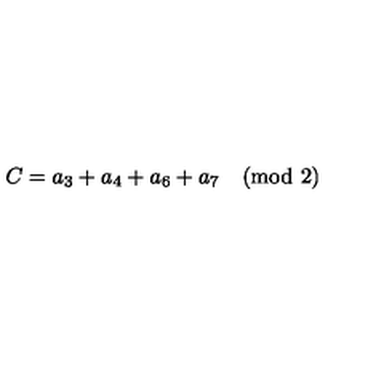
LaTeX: C = a _ { 3 } + a _ { 4 } + a _ { 6 } + a _ { 7 } \quad \mathrm { ( m o d \ 2 ) }